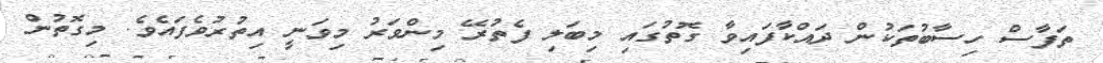
ތަފާސް ހިސާބުތަކުން ދައްކާފައިވާ ގޮތުގައި މިބަލި ފެތުރޭ މިންވަރު މިވަނީ އިތުރުވެފައެވެ. މިގޮތުން